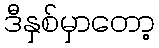
ဒီနှစ်မှာတော့